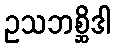
ဥသဘစ္ဆိဒါ